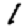
Digit: 1